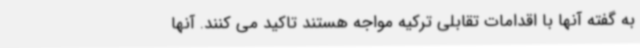
به گفته آنها با اقدامات تقابلی ترکیه مواجه هستند تاکید می کنند. آنها